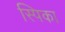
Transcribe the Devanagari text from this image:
स्पिका